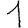
Digit: 1